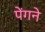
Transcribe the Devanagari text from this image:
पेंगने